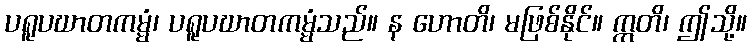
ပရူပဃာတကမ္မံ၊ ပရူပဃာတကမ္မံသည်။ န ဟောတိ၊ မဖြစ်နိုင်။ ဣတိ၊ ဤသို့။